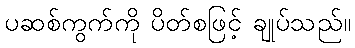
ပဆစ်ကွက်ကို ပိတ်စဖြင့် ချုပ်သည်။